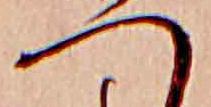
へ